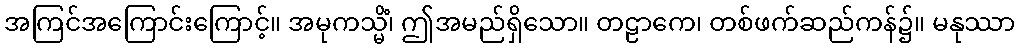
အကြင်အကြောင်းကြောင့်။ အမုကသ္မိံ၊ ဤအမည်ရှိသော။ တဠာကေ၊ တစ်ဖက်ဆည်ကန်၌။ မနုဿာ